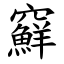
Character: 䇁